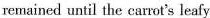
remained until the carrot's leafy